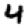
Digit: 4